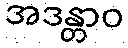
အဒန္တာဝ